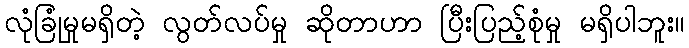
လုံခြုံမှုမရှိတဲ့ လွတ်လပ်မှု ဆိုတာဟာ ပြီးပြည့်စုံမှု မရှိပါဘူး။